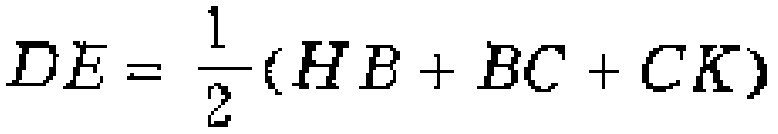
$DE = \frac{1}{2}(HB + BC + CK)$